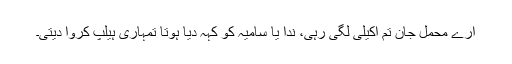
ارے محمل جان تم اکیلی لگی رہی، ندا یا سامیہ کو کہہ دیا ہوتا تمہاری ہیلپ کروا دیتی۔